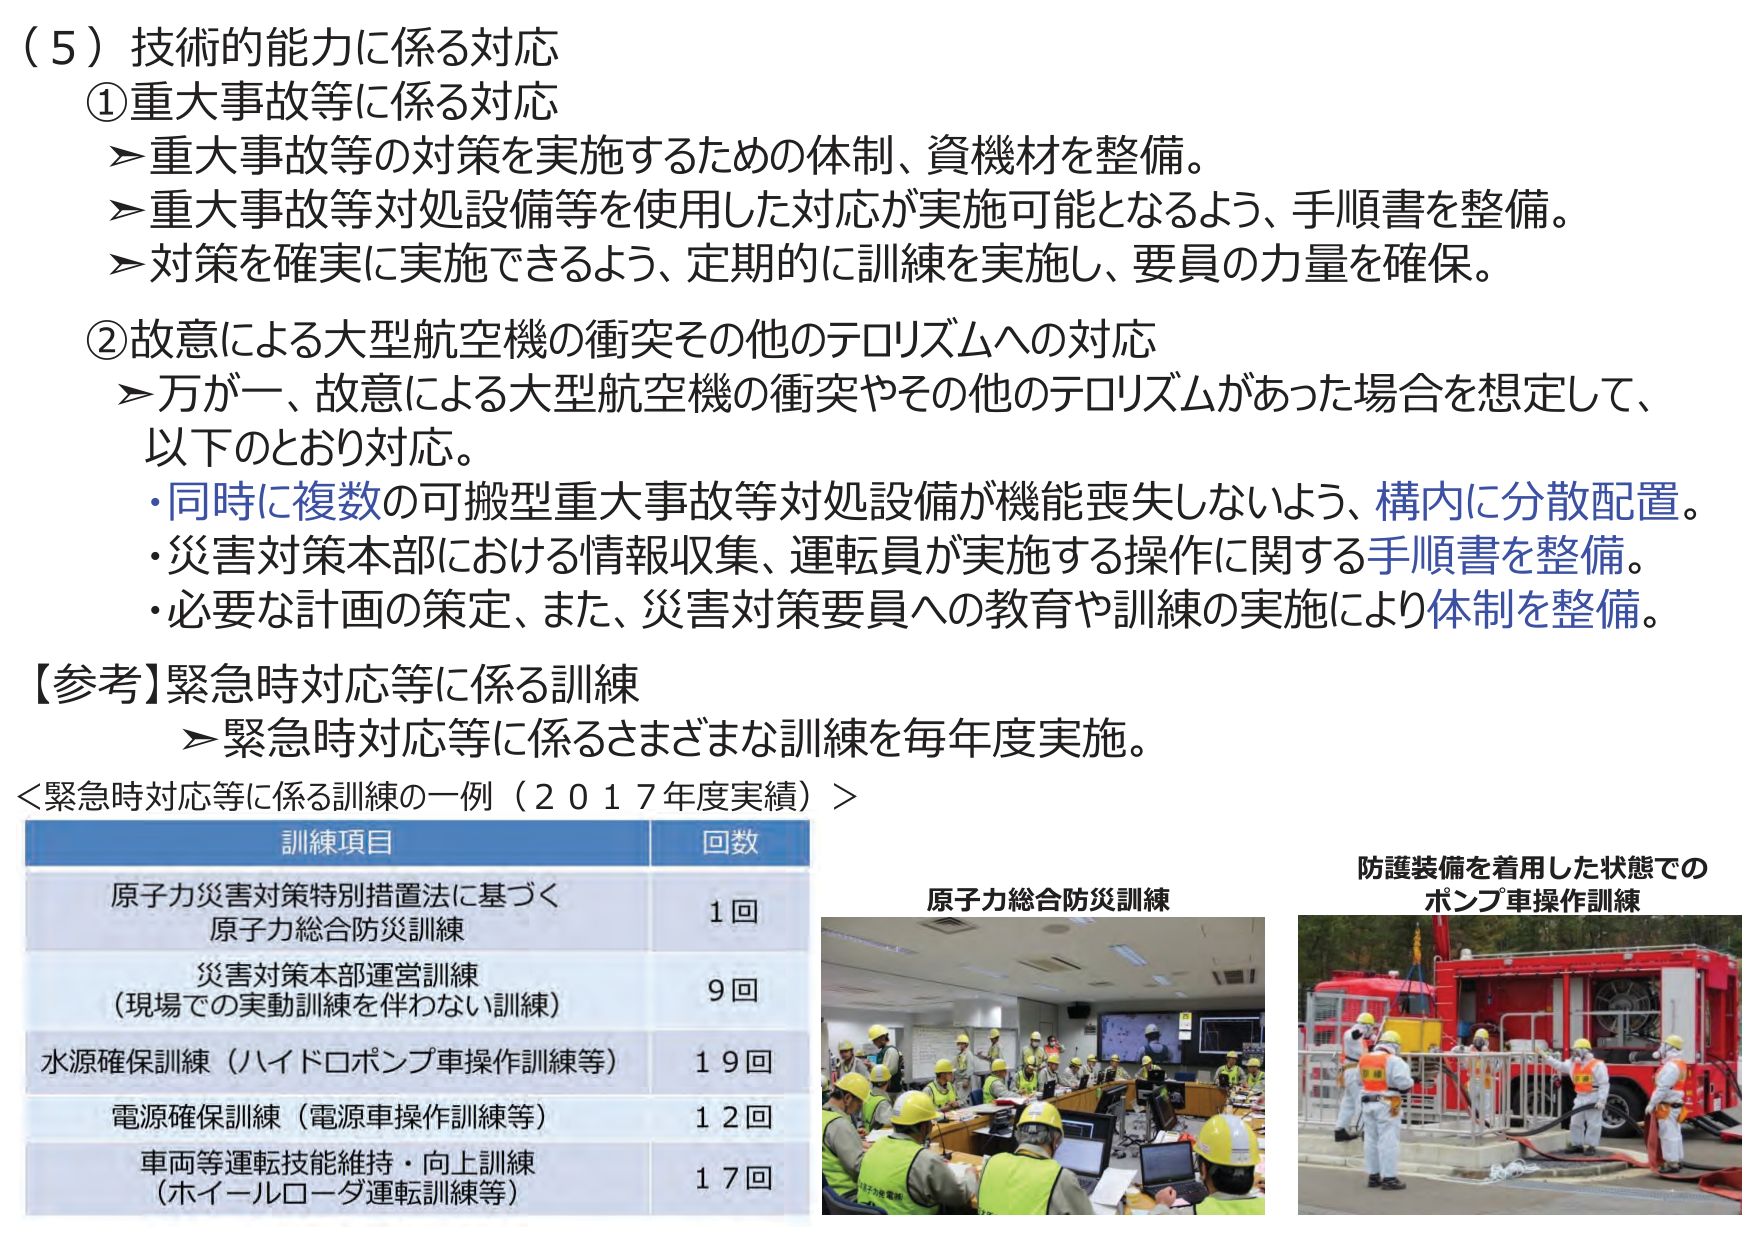
（５）技術的能力に係る対応
①重大事故等に係る対応
➤重大事故等の対策を実施するための体制、資機材を整備。
➤重大事故等対処設備等を使用した対応が実施可能となるよう、手順書を整備。
➤対策を確実に実施できるよう、定期的に訓練を実施し、要員の力量を確保。

②故意による大型航空機の衝突その他のテロリズムへの対応
➤万が一、故意による大型航空機の衝突やその他のテロリズムがあった場合を想定して、以下のとおり対応。
・同時に複数の可搬型重大事故等対処設備が機能喪失しないよう、構内に分散配置。
・災害対策本部における情報収集、運転員が実施する操作に関する手順書を整備。
・必要な計画の策定、また、災害対策要員への教育や訓練の実施により体制を整備。

【参考】緊急時対応等に係る訓練
➤緊急時対応等に係るさまざまな訓練を毎年度実施。

＜緊急時対応等に係る訓練の一例（２０１７年度実績）＞

訓練項目　　　　　　　　　　　　　　　回数
原子力災害対策特別措置法に基づく
原子力総合防災訓練　　　　　　　　　　１回
災害対策本部運営訓練
（現場での実動訓練を伴わない訓練）　　９回
水源確保訓練（ハイドロポンプ車操作訓練等）　１９回
電源確保訓練（電源車操作訓練等）　　　１２回
車両等運転技能維持・向上訓練
（ホイールローダ運転訓練等）　　　　１７回

原子力総合防災訓練

防護装備を着用した状態での
ポンプ車操作訓練